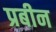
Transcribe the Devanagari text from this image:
प्रबीन